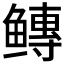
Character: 𱈐